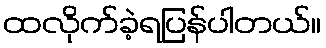
ထလိုက်ခဲ့ရပြန်ပါတယ်။